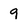
Character: 9